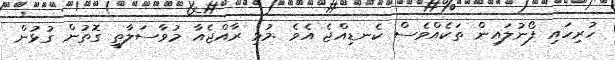
ހުރިހައި ފޯނުލައިން ތަކެއްވެސް ކެނޑިއްޖެ އެވެ .މުޅި ރާއްޖެއާ މުވާސަލާތީ ގޮތުން ގުޅުން